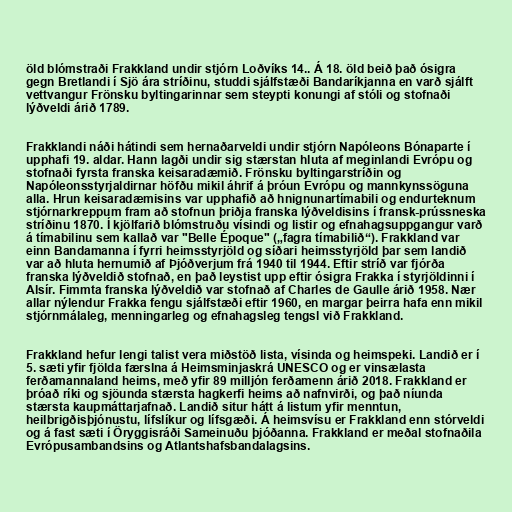
öld blómstraði Frakkland undir stjórn Loðvíks 14.. Á 18. öld beið það ósigra
gegn Bretlandi í Sjö ára stríðinu, studdi sjálfstæði Bandaríkjanna en varð sjálft
vettvangur Frönsku byltingarinnar sem steypti konungi af stóli og stofnaði
lýðveldi árið 1789.

Frakklandi náði hátindi sem hernaðarveldi undir stjórn Napóleons Bónaparte í
upphafi 19. aldar. Hann lagði undir sig stærstan hluta af meginlandi Evrópu og
stofnaði fyrsta franska keisaradæmið. Frönsku byltingarstríðin og
Napóleonsstyrjaldirnar höfðu mikil áhrif á þróun Evrópu og mannkynssöguna
alla. Hrun keisaradæmisins var upphafið að hnignunartímabili og endurteknum
stjórnarkreppum fram að stofnun þriðja franska lýðveldisins í fransk-prússneska
stríðinu 1870. Í kjölfarið blómstruðu vísindi og listir og efnahagsuppgangur varð
á tímabilinu sem kallað var "Belle Époque" („fagra tímabilið“). Frakkland var
einn Bandamanna í fyrri heimsstyrjöld og síðari heimsstyrjöld þar sem landið
var að hluta hernumið af Þjóðverjum frá 1940 til 1944. Eftir stríð var fjórða
franska lýðveldið stofnað, en það leystist upp eftir ósigra Frakka í styrjöldinni í
Alsír. Fimmta franska lýðveldið var stofnað af Charles de Gaulle árið 1958. Nær
allar nýlendur Frakka fengu sjálfstæði eftir 1960, en margar þeirra hafa enn mikil
stjórnmálaleg, menningarleg og efnahagsleg tengsl við Frakkland.

Frakkland hefur lengi talist vera miðstöð lista, vísinda og heimspeki. Landið er í
5. sæti yfir fjölda færslna á Heimsminjaskrá UNESCO og er vinsælasta
ferðamannaland heims, með yfir 89 milljón ferðamenn árið 2018. Frakkland er
þróað ríki og sjöunda stærsta hagkerfi heims að nafnvirði, og það níunda
stærsta kaupmáttarjafnað. Landið situr hátt á listum yfir menntun,
heilbrigðisþjónustu, lífslíkur og lífsgæði. Á heimsvísu er Frakkland enn stórveldi
og á fast sæti í Öryggisráði Sameinuðu þjóðanna. Frakkland er meðal stofnaðila
Evrópusambandsins og Atlantshafsbandalagsins.